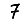
Digit: 7